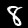
Digit: 8